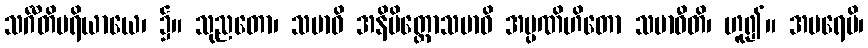
သင်္ဂီတိပရိယာယေ၊ ၌။ သုညတော၊ သမာဓိ အနိမိတ္တောသမာဓိ အပ္ပဏိဟိတော သမာဓီတိ၊ ဟူ၍။ အပရေပိ၊